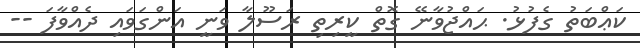
ކަޢްބަތު ގެފުޅު. ޙައްޖުވާނޭ ގޮތް ކީރިތި ރަސޫލާ ވަނީ އަންގަވައި ދެއްވާފަ --